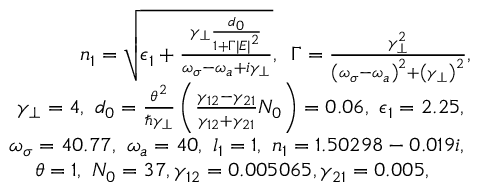
\begin{array} { r } { n _ { 1 } = \sqrt { \epsilon _ { 1 } + \frac { \gamma _ { \perp } \frac { d _ { 0 } } { 1 + \Gamma \left| E \right| ^ { 2 } } } { \omega _ { \sigma } - \omega _ { a } + i \gamma _ { \perp } } } , \, \, \, \Gamma = \frac { \gamma _ { \perp } ^ { 2 } } { \left( \omega _ { \sigma } - \omega _ { a } \right) ^ { 2 } + \left( \gamma _ { \perp } \right) ^ { 2 } } , \, \, \, \, \, \, \, \, \, \, \, \, \, \, \, \, \, \, \, \, \, \, \, \, \, \, } \\ { \gamma _ { \perp } = 4 , \, \, d _ { 0 } = \frac { \theta ^ { 2 } } { \hbar \gamma _ { \perp } } \left( \frac { \gamma _ { 1 2 } - \gamma _ { 2 1 } } { \gamma _ { 1 2 } + \gamma _ { 2 1 } } N _ { 0 } \right) = 0 . 0 6 , \, \, \epsilon _ { 1 } = 2 . 2 5 , \, \, \, \, \, \, \, \, \, \, \, \, \, \, \, \, \, \, \, \, \, \, \, \, \, \, \, \, } \\ { \omega _ { \sigma } = 4 0 . 7 7 , \, \, \omega _ { a } = 4 0 , \, \, l _ { 1 } = 1 , \, \, n _ { 1 } = 1 . 5 0 2 9 8 - 0 . 0 1 9 i , \, \, \, \, \, \, \, \, \, \, \, \, \, \, \, \, \, \, \, \, \, \, \, \, \, \, \, \, } \\ { \, \, \theta = 1 , \, \, N _ { 0 } = 3 7 , \gamma _ { 1 2 } = 0 . 0 0 5 0 6 5 , \gamma _ { 2 1 } = 0 . 0 0 5 , \, \, \, \, \, \, \, \, \, \, \, \, \, \, \, \, \, \, \, \, \, \, \, \, \, \, \, \, \, \, \, \, \, \, \, \, \, \, } \end{array}